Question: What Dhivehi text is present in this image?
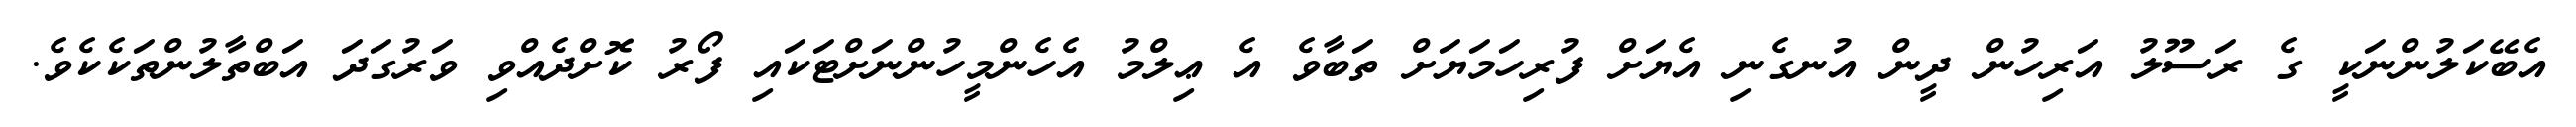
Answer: އެބޭކަލުންނަކީ ގެ ރަސޫލު އަރިހުން ދީން އުނގެނި އެޔަށް ފުރިހަމަޔަށް ތަބާވެ އެ ޢިލްމު އެހެންމީހުންނަށްޓަކައި ފޯރު ކޮށްދެއްވި ވަރުގަދަ އަބްތާލުންތަކެކެވެ.